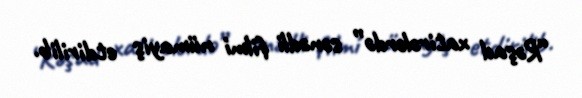
“Rəşad xatirələrdə” sənədli filmi nümayiş etdirilib.